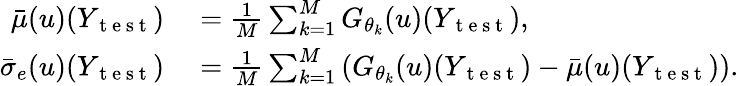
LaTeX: \begin{array}{rl}{\bar{\mu}(u)(Y_{\mathrm{~t~e~s~t~}})}&{{}=\frac{1}{M}\sum_{k=1}^{M}G_{\theta_{k}}(u)(Y_{\mathrm{~t~e~s~t~}}),}\\ {\bar{\sigma}_{e}(u)(Y_{\mathrm{~t~e~s~t~}})}&{{}=\frac{1}{M}\sum_{k=1}^{M}\left(G_{\theta_{k}}(u)(Y_{\mathrm{~t~e~s~t~}})-\bar{\mu}(u)(Y_{\mathrm{~t~e~s~t~}})\right).}\end{array}